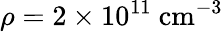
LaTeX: {\rho=2\times 10^{11}~\mathrm{cm}^{-3}}